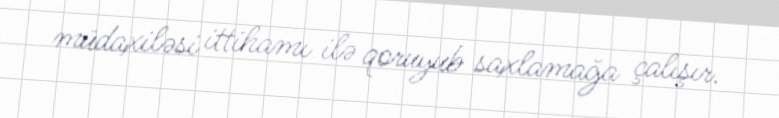
müdaxiləsi ittihamı ilə qoruyub saxlamağa çalışır.